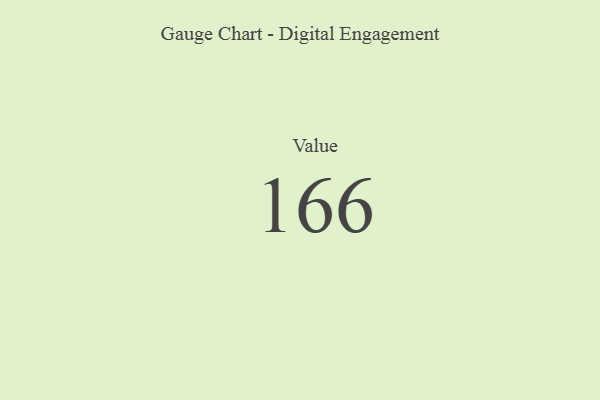
{"axis": {"x": "Metric", "y": "Value"}, "legend": [""], "data": [{"x": "Value", "y": 166, "type": ""}]}